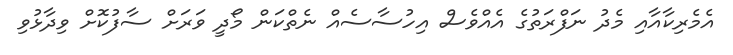
އެމެރިކާއާއި މެދު ނަފްރަތުގެ އެއްވެސް އިހުސާސެއް ނެތްކަން މޯދީ ވަރަށް ސާފުކޮށް ވިދާޅުވި